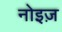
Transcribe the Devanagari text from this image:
नोइज़